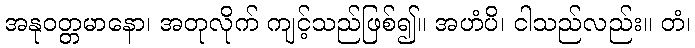
အနုဝတ္တမာနော၊ အတုလိုက် ကျင့်သည်ဖြစ်၍။ အဟံပိ၊ ငါသည်လည်း။ တံ၊